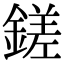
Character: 鎈